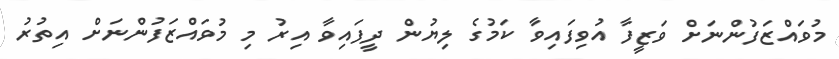
މުވައްޒަފުުންނަށް ވަޒީފާ އުވިފައިވާ ކަމުގެ ލިޔުން ދީފައިވާ އިރު މި މުވައްޒަފުންނަށް އިތުރު